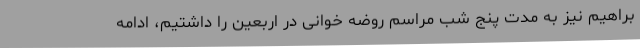
براهیم نیز به مدت پنج شب مراسم روضه خوانی در اربعین را داشتیم، ادامه